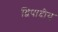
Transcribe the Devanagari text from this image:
द्विपादीय